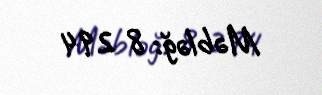
Məbləğ: 8 294